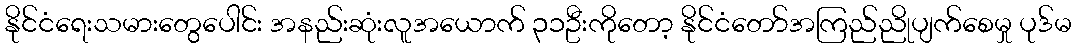
နိုင်ငံရေးသမားတွေပေါင်း အနည်းဆုံးလူအယောက် ၃၁ဦးကိုတော့ နိုင်ငံတော်အကြည်ညိုပျက်စေမှု ပုဒ်မ